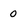
Character: o